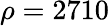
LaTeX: \rho=2710